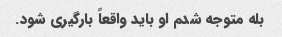
بله متوجه شدم او باید واقعاً بارگیری شود.